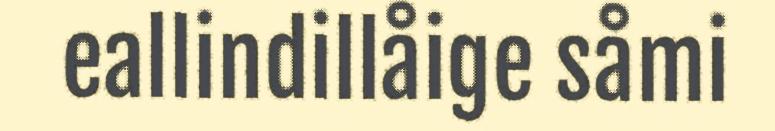
eallindillåige såmi